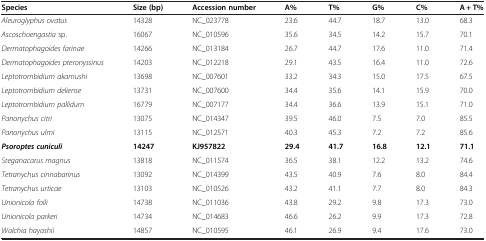
| Species | Size (bp) | Accession number | A% | T% | G% | C% | A + T% |
 | --- | --- | --- | --- | --- | --- | --- | --- |
 | Aleuroglyphus ovatus | 14328 | NC_023778 | 23.6 | 44.7 | 18.7 | 13.0 | 68.3 |
 | Ascoschoengastia sp. | 16067 | NC_010596 | 35.6 | 34.5 | 14.2 | 15.7 | 70.1 |
 | Dermatophagoides farinae | 14266 | NC_013184 | 26.7 | 44.7 | 17.6 | 11.0 | 71.4 |
 | Dermatophagoides pteronyssinus | 14203 | NC_012218 | 29.1 | 43.5 | 16.4 | 11.0 | 72.6 |
 | Leptotrombidium akamushi | 13698 | NC_007601 | 33.2 | 34.3 | 15.0 | 17.5 | 67.5 |
 | Leptotrombidium deliense | 13731 | NC_007600 | 34.4 | 35.6 | 14.1 | 15.9 | 70.0 |
 | Leptotrombidium pallidum | 16779 | NC_007177 | 34.4 | 36.6 | 13.9 | 15.1 | 71.0 |
 | Panonychus citri | 13075 | NC_014347 | 39.5 | 46.0 | 7.5 | 7.0 | 85.5 |
 | Panonychus ulmi | 13115 | NC_012571 | 40.3 | 45.3 | 7.2 | 7.2 | 85.6 |
 | Psoroptes cuniculi | 14247 | KJ957822 | 29.4 | 41.7 | 16.8 | 12.1 | 71.1 |
 | Steganacarus magnus | 13818 | NC_011574 | 36.5 | 38.1 | 12.2 | 13.2 | 74.6 |
 | Tetranychus cinnabarinus | 13092 | NC_014399 | 43.5 | 40.9 | 7.6 | 8.0 | 84.4 |
 | Tetranychus urticae | 13103 | NC_010526 | 43.2 | 41.1 | 7.7 | 8.0 | 84.3 |
 | Unionicola foili | 14738 | NC_011036 | 43.8 | 29.2 | 9.8 | 17.3 | 73.0 |
 | Unionicola parkeri | 14734 | NC_014683 | 46.6 | 26.2 | 9.9 | 17.3 | 72.8 |
 | Walchia hayashii | 14857 | NC_010595 | 46.1 | 26.9 | 9.4 | 17.6 | 73.0 |